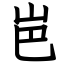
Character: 岜